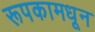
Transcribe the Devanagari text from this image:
रूपकामधून